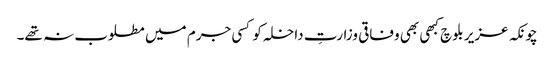
چونکہ عزیر بلوچ کبھی بھی وفاقی وزارتِ داخلہ کو کسی جرم میں مطلوب نہ تھے۔